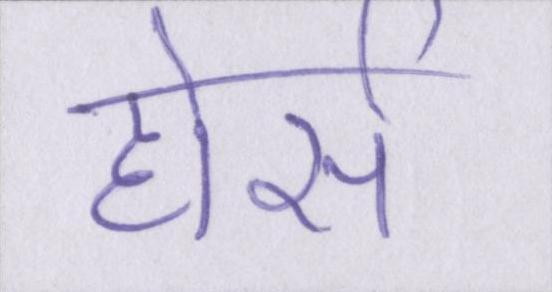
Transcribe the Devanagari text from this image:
होर्स